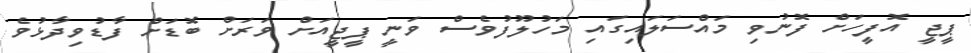
ޕީޖީ އޮފީހަށް ފޮނުވި މައްސަލައިގައި މަހުލޫފުވެސް ވަނީ ޕީޖީއަށް ވަރަށް ބޮޑަށް ފާޑުވިދާޅުވެ